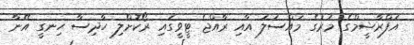
އަފްރާޝީމްގެ މަރުގެ މައްސަލަ އާއި ރާއްޖެ ޓީވީގައި ރޯކޮށްލި ހާދިސާ ހިނގީ އޭނާ